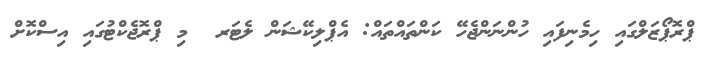
ޕްރޮޕޯޒަލްގައި ހިމެނިފައި ހުންނަންޖެހޭ ކަންތައްތައް: އެޕްލިކޭޝަން ލެޓަރ  މި ޕްރޮޖެކްޓުގައި އިސްކޮށް